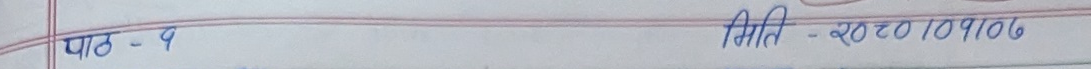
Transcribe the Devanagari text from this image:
पाठ - ५ मिति - २०८०।०१।०६